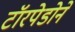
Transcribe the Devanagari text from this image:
टॉरपेडोने